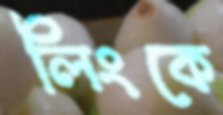
লিংকে